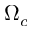
\Omega _ { c }